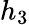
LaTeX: h_{3}